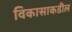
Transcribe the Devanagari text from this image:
विकासाकडील